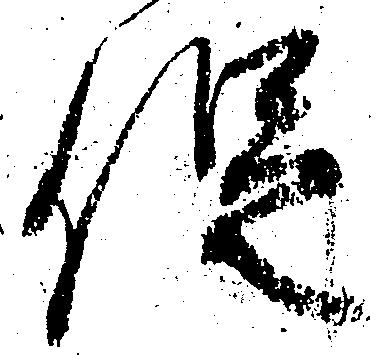
促